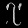
Digit: ၇